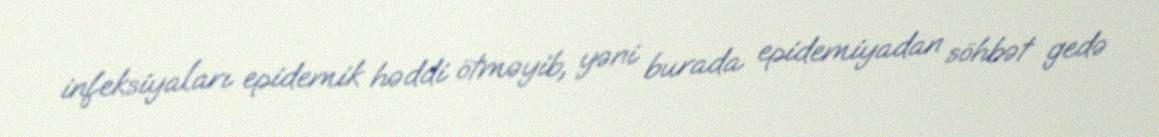
infeksiyaları epidemik həddi ötməyib, yəni burada epidemiyadan söhbət gedə